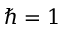
\hbar = 1